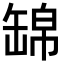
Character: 𦈿